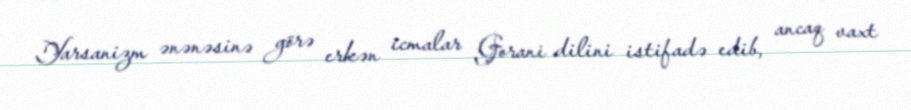
Yarsanizm ənənəsinə görə erkən icmalar Gorani dilini istifadə edib, ancaq vaxt